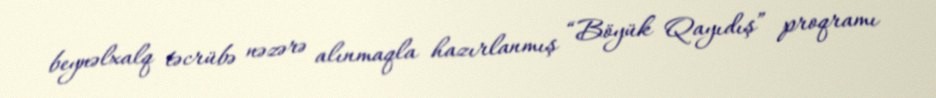
beynəlxalq təcrübə nəzərə alınmaqla hazırlanmış “Böyük Qayıdış” proqramı